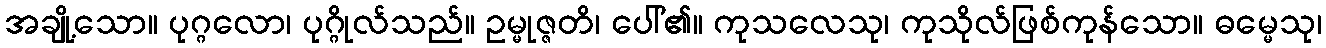
အချို့သော။ ပုဂ္ဂလော၊ ပုဂ္ဂိုလ်သည်။ ဥမ္မုဇ္ဇတိ၊ ပေါ်၏။ ကုသလေသု၊ ကုသိုလ်ဖြစ်ကုန်သော။ ဓမ္မေသု၊